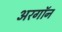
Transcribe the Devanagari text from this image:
अरगॉन